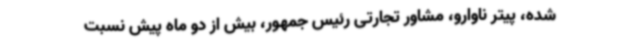
شده، پیتر ناوارو، مشاور تجارتی رئیس جمهور، بیش از دو ماه پیش نسبت